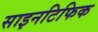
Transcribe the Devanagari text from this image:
साइनटिफिक